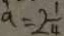
a = 2 \frac { 1 } { 4 }